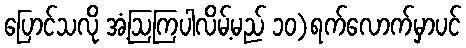
ပြောင်သလို အံ့ဩကြပါလိမ့်မည် ၁၀)ရက်လောက်မှာပင်